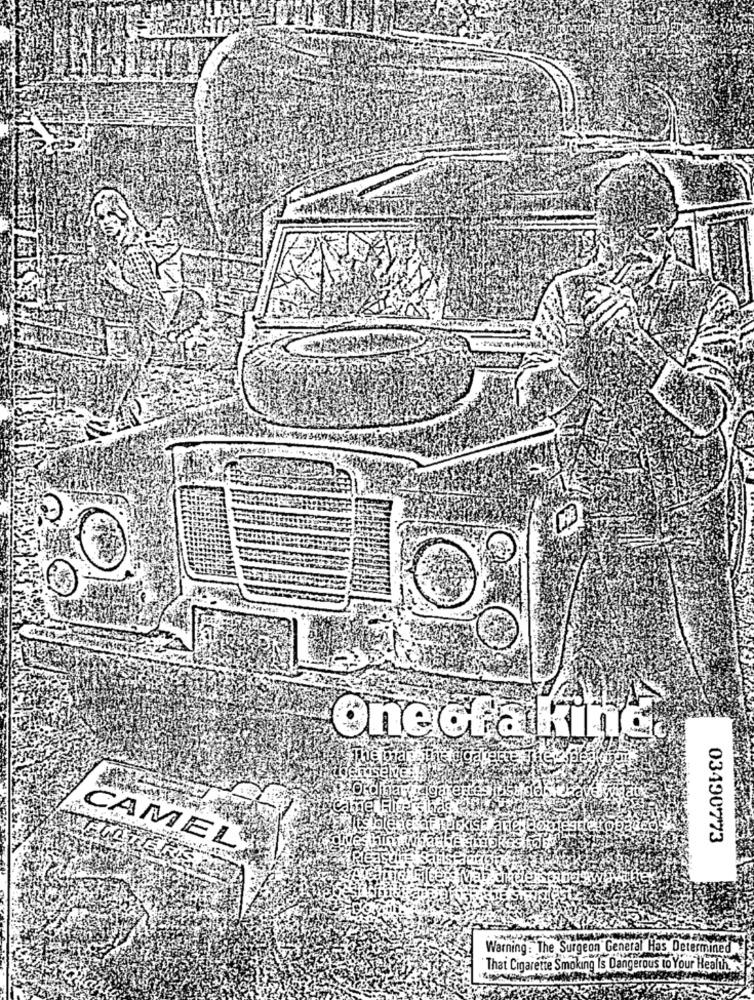
Oneofa kind
jgąrejtć
03490773
CAMEL
Warning: The Surgeon General Has Determined
That Cigarette Smoking Is Dangerous to Your Health,